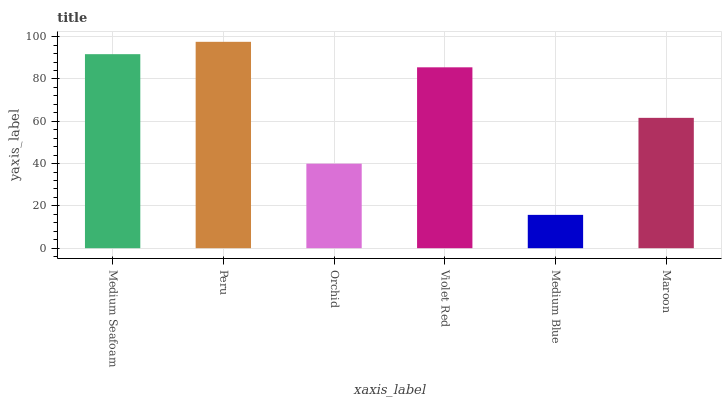
| xaxis_label | bars |
 | --- | --- |
 | Medium Seafoam | 91.7 |
 | Peru | 97.5 |
 | Orchid | 40 |
 | Violet Red | 85.5 |
 | Medium Blue | 15.8 |
 | Maroon | 61.6 |